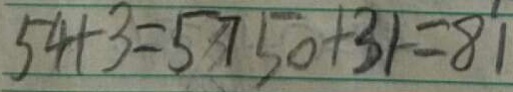
5 4 + 3 = 5 7 5 0 + 3 1 = 8 1